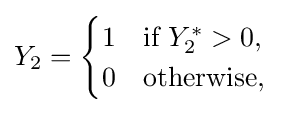
Y_{2}={\begin{cases}1&{\text{if }}Y_{2}^{*}>0,\\0&{\text{otherwise}},\end{cases}}